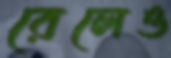
রেলেও